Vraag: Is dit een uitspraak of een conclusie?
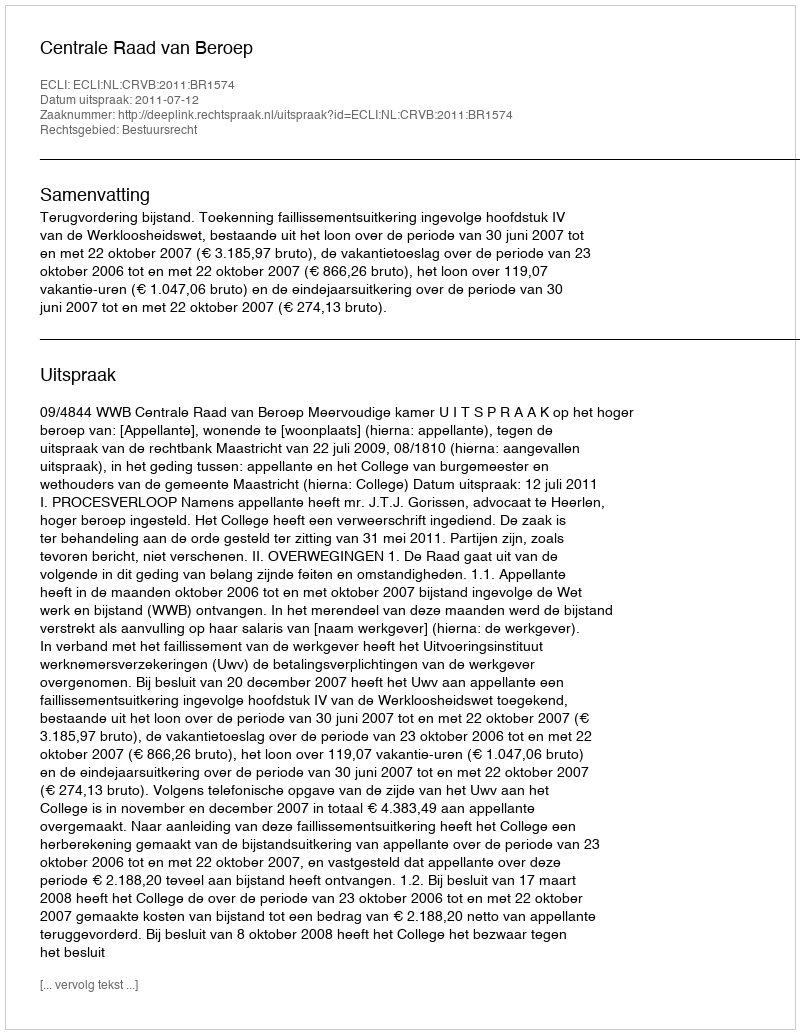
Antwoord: Uitspraak